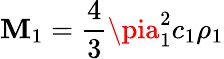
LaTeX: \mathbf{M}_{1}=\displaystyle\frac{{4}}{{3}}\pia_{1}^{2}c_{1}\rho_{1}